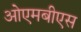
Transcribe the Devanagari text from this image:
ओएमबीएस